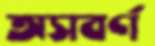
অসবর্ণ